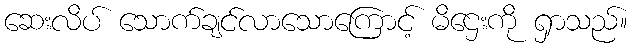
ဆေးလိပ် သောက်ချင်လာသောကြောင့် မိဌေးကို ရှာသည်။